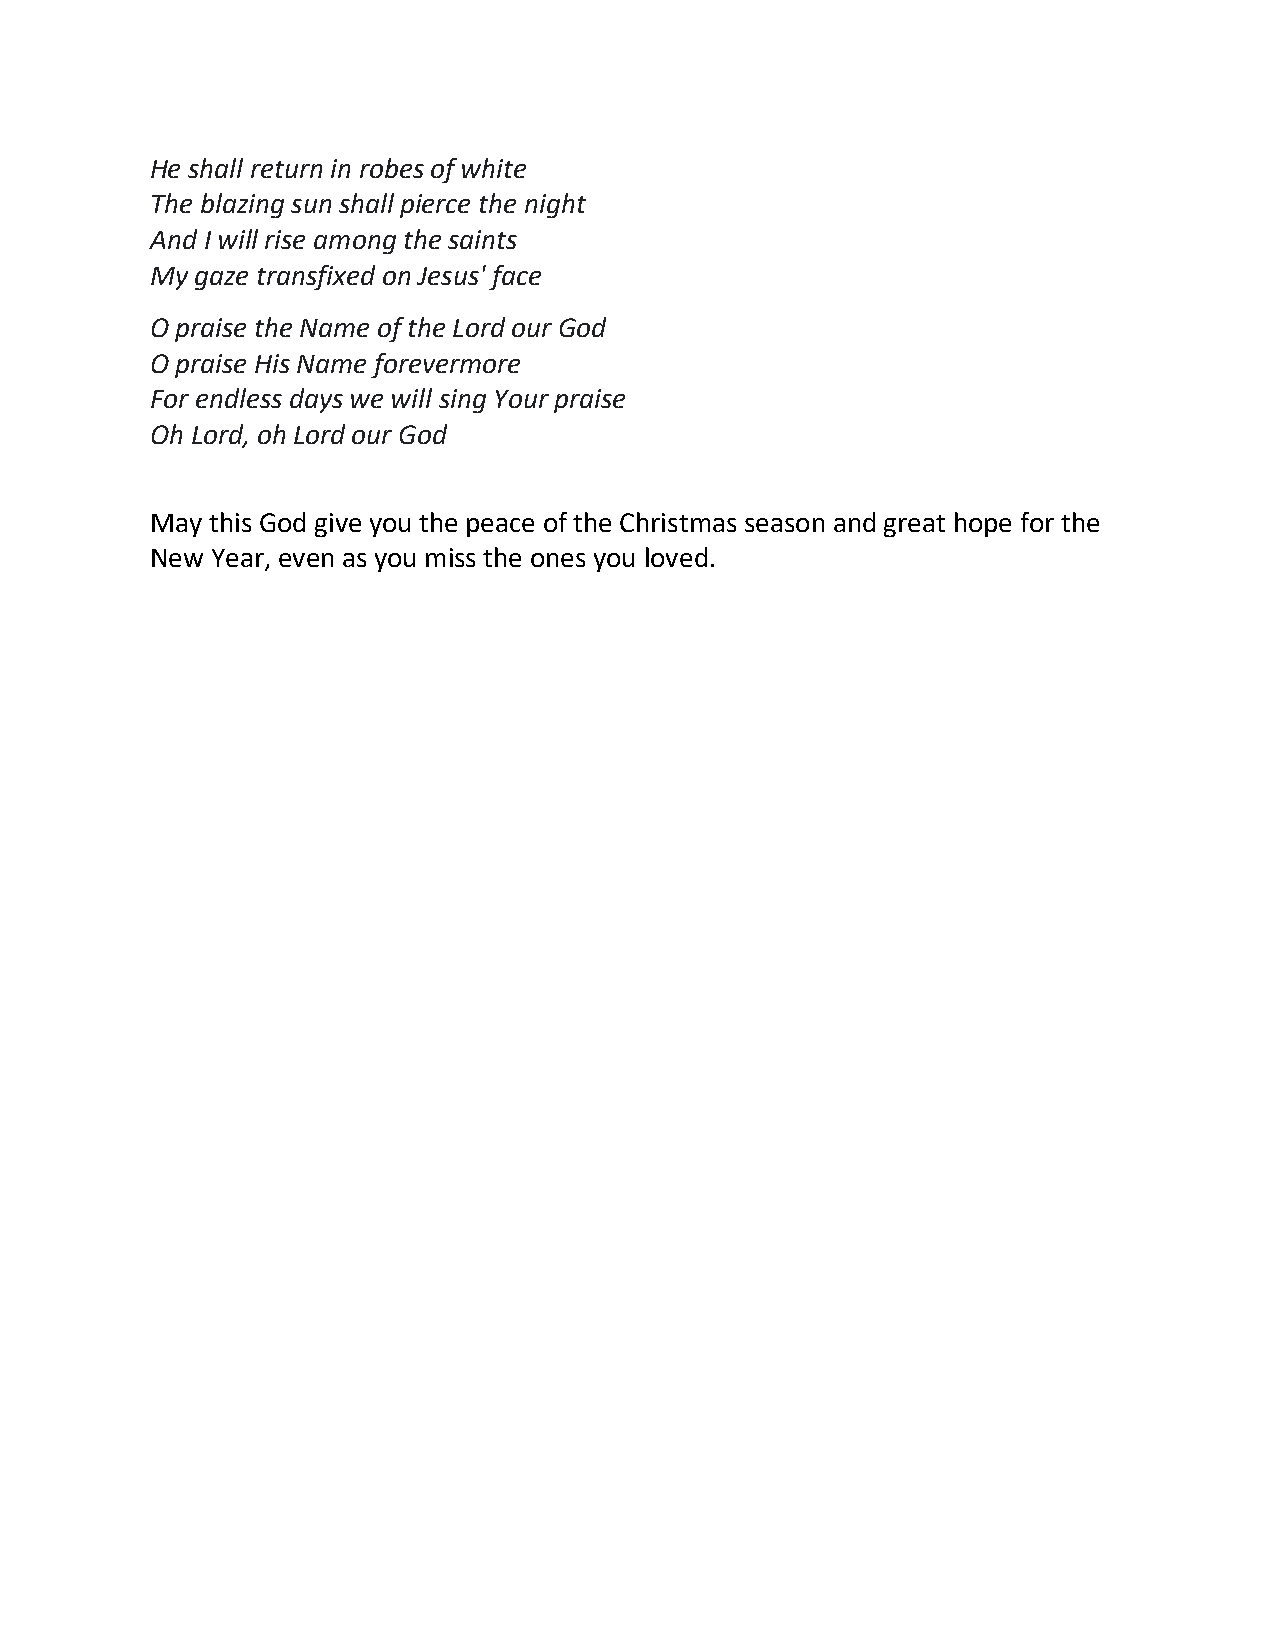
He shall return in robes of white
 The blazing sun shall pierce the night
 And I will rise among the saints
 My gaze transfixed on Jesus' face
 O praise the Name of the Lord our God
 O praise His Name forevermore
 For endless days we will sing Your praise
 Oh Lord, oh Lord our God
 May this God give you the peace of the Christmas season and great hope for the
 New Year, even as you miss the ones you loved.